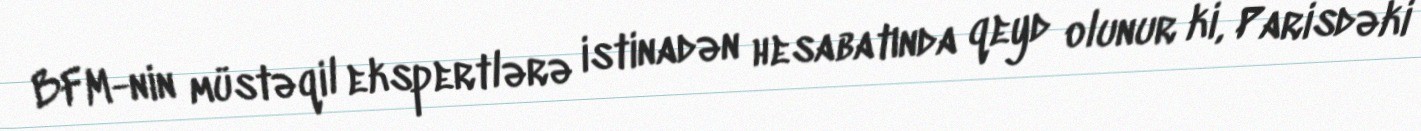
BFM-nin müstəqil ekspertlərə istinadən hesabatında qeyd olunur ki, Parisdəki